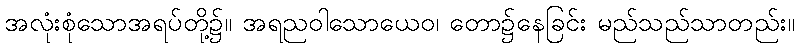
အလုံးစုံသောအရပ်တို့၌။ အရညဝါသောယေဝ၊ တော၌နေခြင်း မည်သည်သာတည်း။